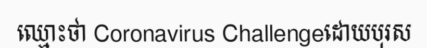
ឈ្មោះថា Coronavirus Challengeដោយបុរស